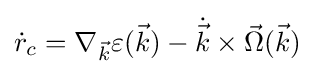
{\dot {r}}_{c}=\nabla _{\vec {k}}\varepsilon ({\vec {k}})-{\dot {\vec {k}}}\times {\vec {\Omega }}({\vec {k}})